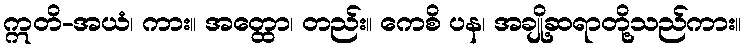
ဣတိ-အယံ၊ ကား။ အတ္ထော၊ တည်း။ ကေစိ ပန၊ အချို့ဆရာတို့သည်ကား။